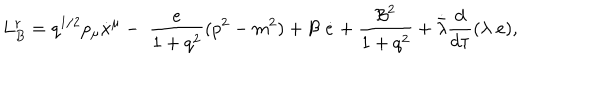
L _ { B } ^ { r } = q ^ { 1 / 2 } p _ { \mu } \dot { x } ^ { \mu } - \; \frac { e } { 1 + q ^ { 2 } } ( p ^ { 2 } - m ^ { 2 } ) + { \cal B } \; \dot { e } + \frac { { \cal B } ^ { 2 } } { 1 + q ^ { 2 } } + \dot { \bar { \lambda } } \frac { d } { d \tau } ( \lambda \; e ) ,